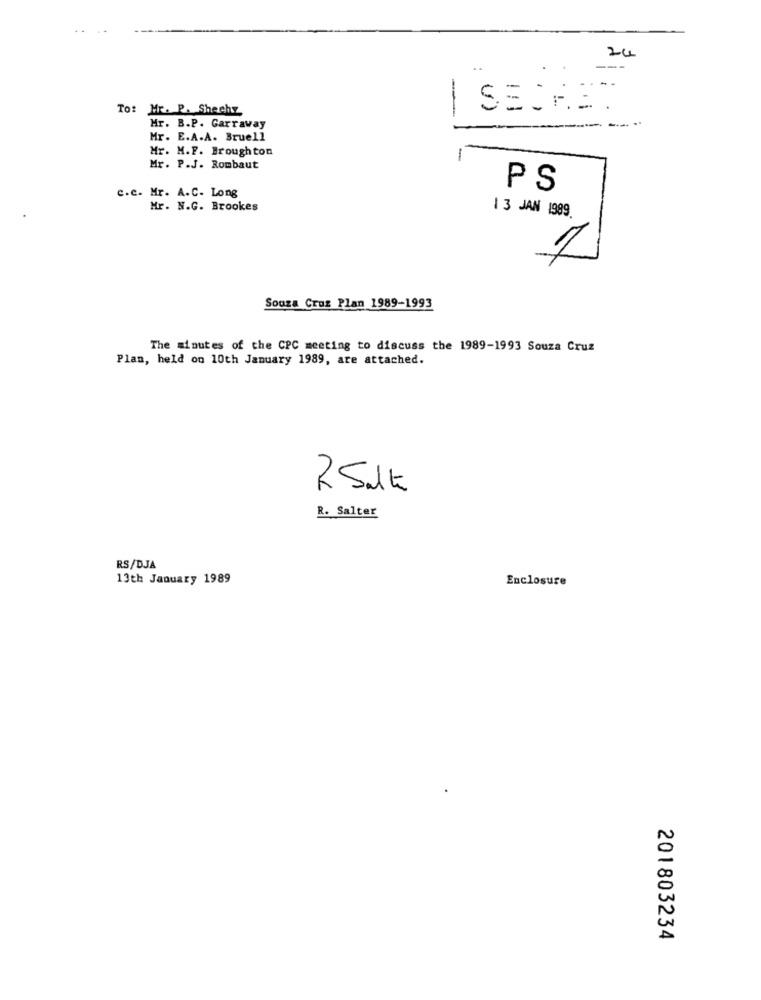
24
..
..
---
-
To: Mr. P. Shechz
SECRET
Mr. B.P. Garraway
Mr. E.A.A. Bruell
Mr. M.F. Broughton
-
Mr. P.J. Rombaut
PS
c.c. Mr. A.C- Long
Mr. N.G. Brookes
13 JAN 1989.
Souza Croz Plan 1989-1993
The minutes of the CPC meeting to discuss the 1989-1993 Souza Cruz
Plan, held on 10th January 1989, are attached.
251€
R. Salter
RS/DJA
13th January 1989
Enclosure
N
A
201803234